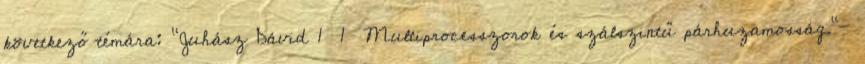
következő témára: "Juhász Dávid 1 1 Multiprocesszorok és szálszintű párhuzamosság."—